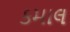
કમાલ